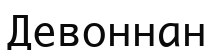
Девоннан